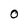
Character: 0